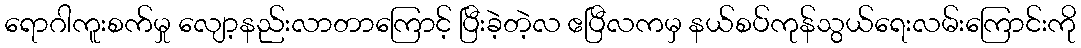
ရောဂါကူးစက်မှု လျော့နည်းလာတာကြောင့် ပြီးခဲ့တဲ့လ ဧပြီလကမှ နယ်စပ်ကုန်သွယ်ရေးလမ်းကြောင်းကို